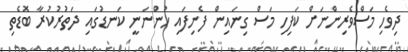
ދިވެހި މަސްވެރިންނަށް ކަފިހި މަސް ގިނައިން ފެނިފައި ހުންނަނީ ކަނޑުގައި ދަތުރުކުރާ ބޮޑެތި